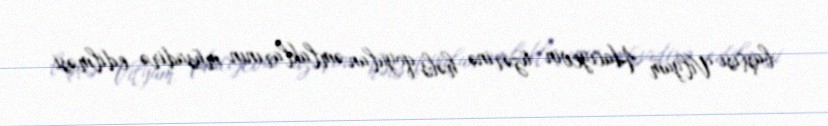
başçısı Vilyam Hacıyevin üzərinə həbs qoyulan əmlaklarının müsadirə edilməsi